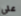
علي